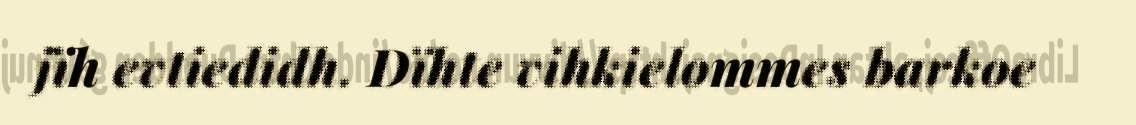
jïh evtiedidh. Dïhte vihkielommes barkoe